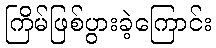
ကြိမ်ဖြစ်ပွားခဲ့ကြောင်း